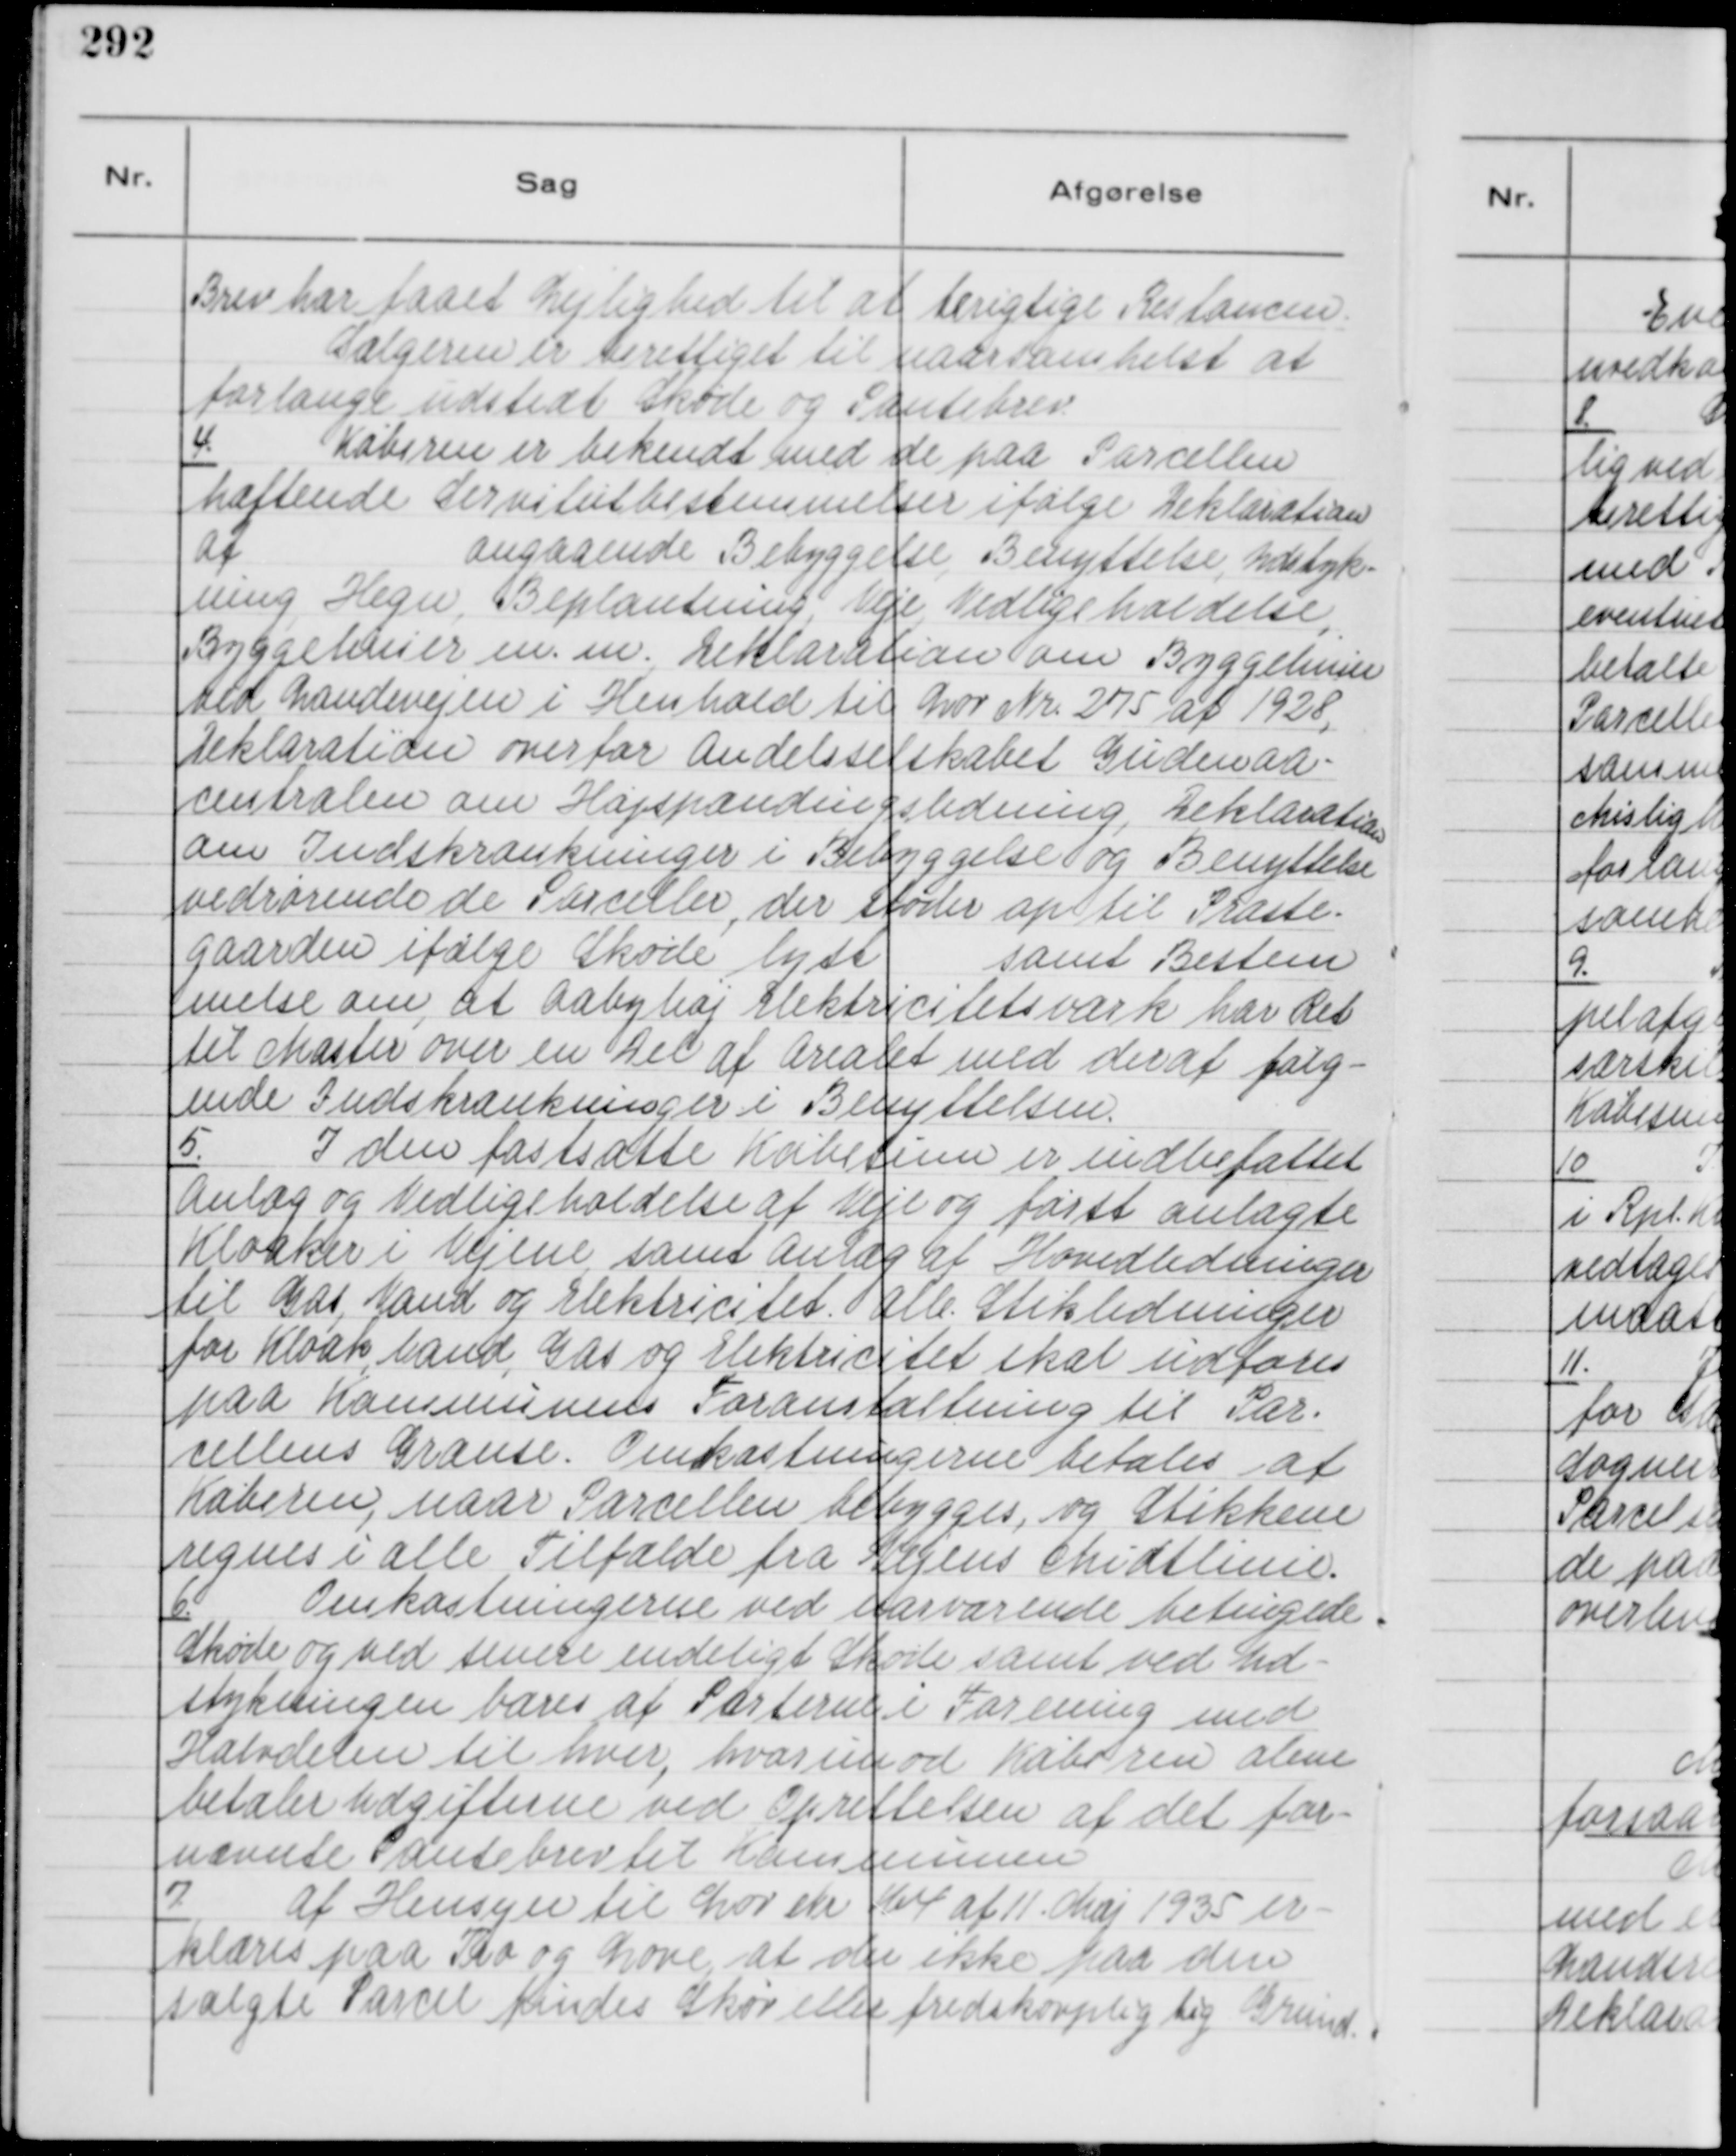
Transskription:
Brev har faaet Lejlighed til at berigtige Restancen.
Sælgeren er berettiget til naarsomhelst at
forlænge udstedt Skøde og Pantebrev.

4.
Køberen er bekendt med de paa Parcellen
hæftende Servitutbestemmelser ifølge Deklaration
af
angaaende Bebyggelse, Benyttelse, Udstyk-
ning, Hegn, Beplantning, Veje, Vedligeholdelse,
Byggelinier m. m.  Deklaration om Byggelinier
ved Landevejen i Henhold til Lov Nr. 275 af 1928,
Deklarationen overfor Andelsselskabet Gudenaa-
centralen om Højspændingsledning, Deklaration
om Indskrænkninger i Bebyggelse og Benyttelse
vedrørende de Parceller, der støder op til Præste-
gaarden ifølge Skøde, lytt
samt Bestem
melse om, at Aabyhøj Elektricitetsværk har Ret
til Master over en Del af Arealet med deraf følg-
ende Indskrænkninger i Benyttelsen.

5.
I den fastsatte Købesum er indbefattet
Anlæg og Vedligeholdelse af Veje og først anlagte
Kloaker i Vejene samt Anlæg af Hovedledninger
til Gas, Vand og Elektricitet. Alle Stikledninger
for Kloak, Vand, Gas og Elektricitet skal udføres
paa Kommunens Foranstaltning til Par-
cellens Grænse. Omkostningerne betales af
Køberen, naar Parcellen bebygges, og Stikkene
regnes i alle Tilfælde fra Vejens Midtlinie.

6.
Omkostningerne ved nærværende betingede
Skøde og ved senere endeligt Skøde samt ved Ud-
stykningen bæres af Parterne i Forening med
Halvdelen til hver, hvorimod Køberen alene
betaler Udgifterne ved Oprettelsen af det før-
nævnte Pantebrev til Kommunen

7.
Af Hensyn til Lov Nr 164 af 11. Maj 1935 er-
klæres paa Tro og Love, at der ikke paa den
solgte Parcel findes Skov eller fredskovpligtig Grund.